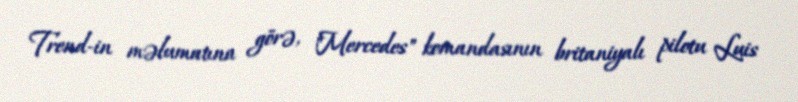
Trend-in məlumatına görə, "Mercedes" komandasının britaniyalı pilotu Luis